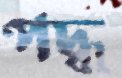
পদ্ধ